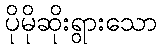
ပိုမိုဆိုးရွားသော